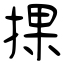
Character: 捰